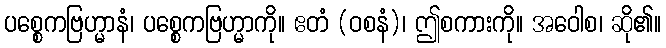
ပစ္စေကဗြဟ္မာနံ၊ ပစ္စေကဗြဟ္မာကို။ ဧတံ (ဝစနံ)၊ ဤစကားကို။ အဝေါစ၊ ဆို၏။